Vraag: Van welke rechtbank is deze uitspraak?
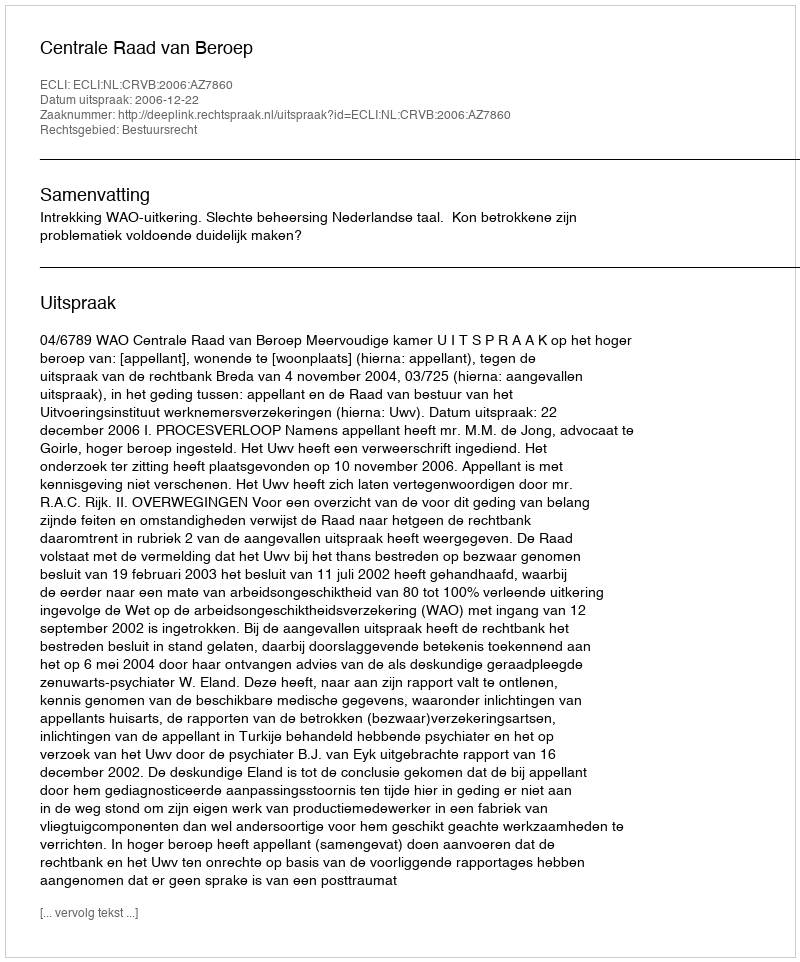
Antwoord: Centrale Raad van Beroep